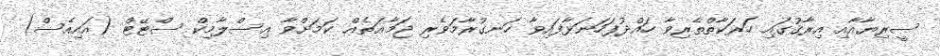
ސީރިޔާއާއި އިރާޤުގައި ހަރަކާތްތެރިވާ ހައްދުފަހަނަޅާފައިވާ ހަނގުރާމަވެރި ޖަމާޢަތެއް ކަމަށްވާ އިސްލާމިކް ސްޓޭޓް (އައިއެސް)